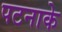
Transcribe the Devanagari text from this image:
पटनाके